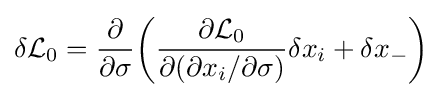
\delta {\mathcal {L}}_{0}={\frac {\partial }{\partial \sigma }}{\bigg (}{\frac {\partial {\mathcal {L}}_{0}}{\partial (\partial x_{i}/\partial \sigma )}}\delta x_{i}+\delta x_{-}{\bigg )}